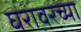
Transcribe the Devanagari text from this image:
घरावरच्या